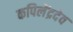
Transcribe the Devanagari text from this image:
कपिलेंद्रदेव